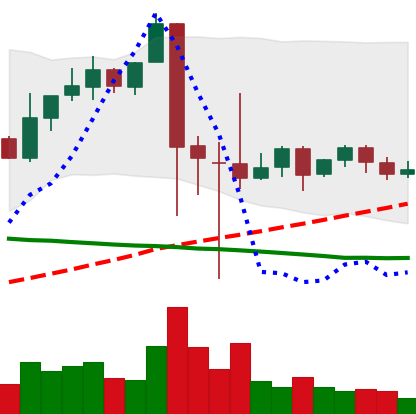
Ticker: XRP-USD
Chart end date: 2021-09-18
Forward return: -6.845%
Label: down_5_7